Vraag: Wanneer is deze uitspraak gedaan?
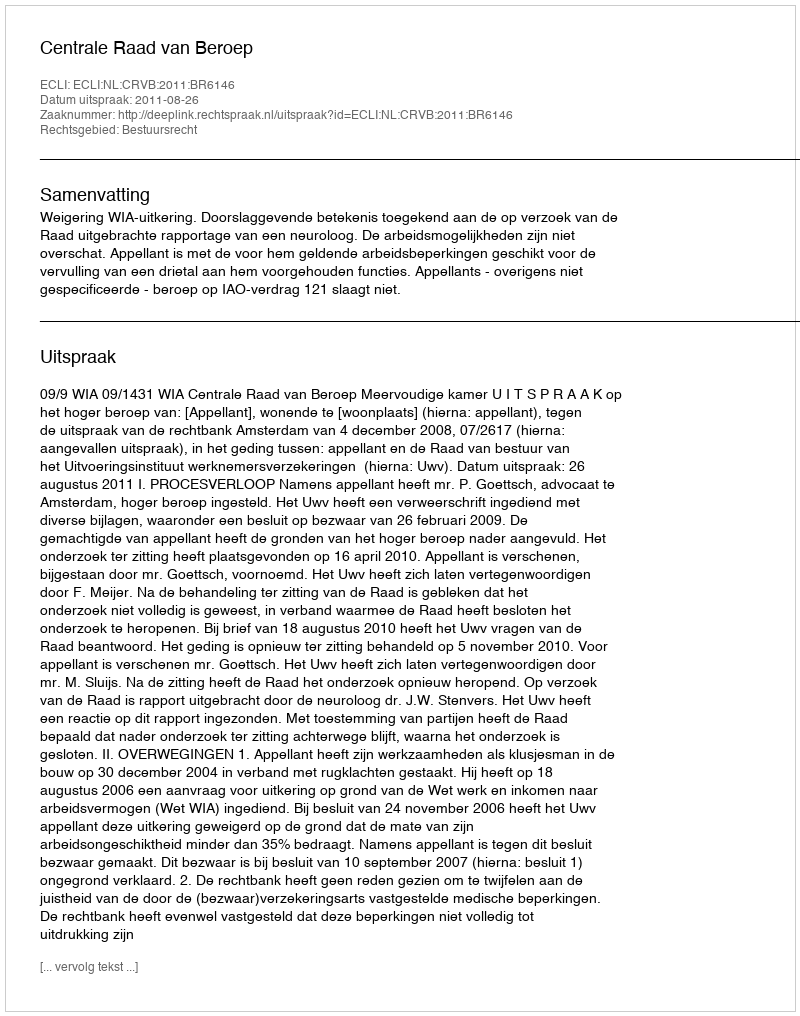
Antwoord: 2011-08-26